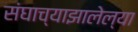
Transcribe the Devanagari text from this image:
संघाच्याझालेल्या